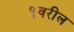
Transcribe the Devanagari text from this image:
१वरील